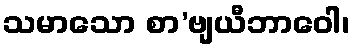
သမာသော စာ’ဗျယီဘာဝေါ၊